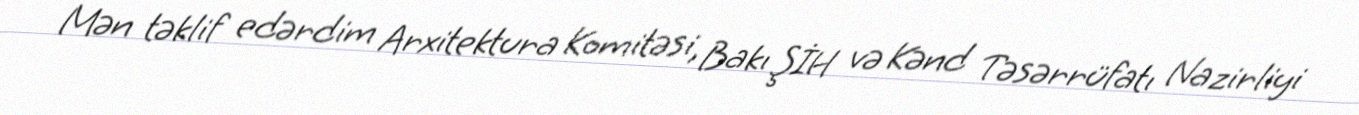
Mən təklif edərdim Arxitektura Komitəsi, Bakı ŞİH və Kənd Təsərrüfatı Nazirliyi